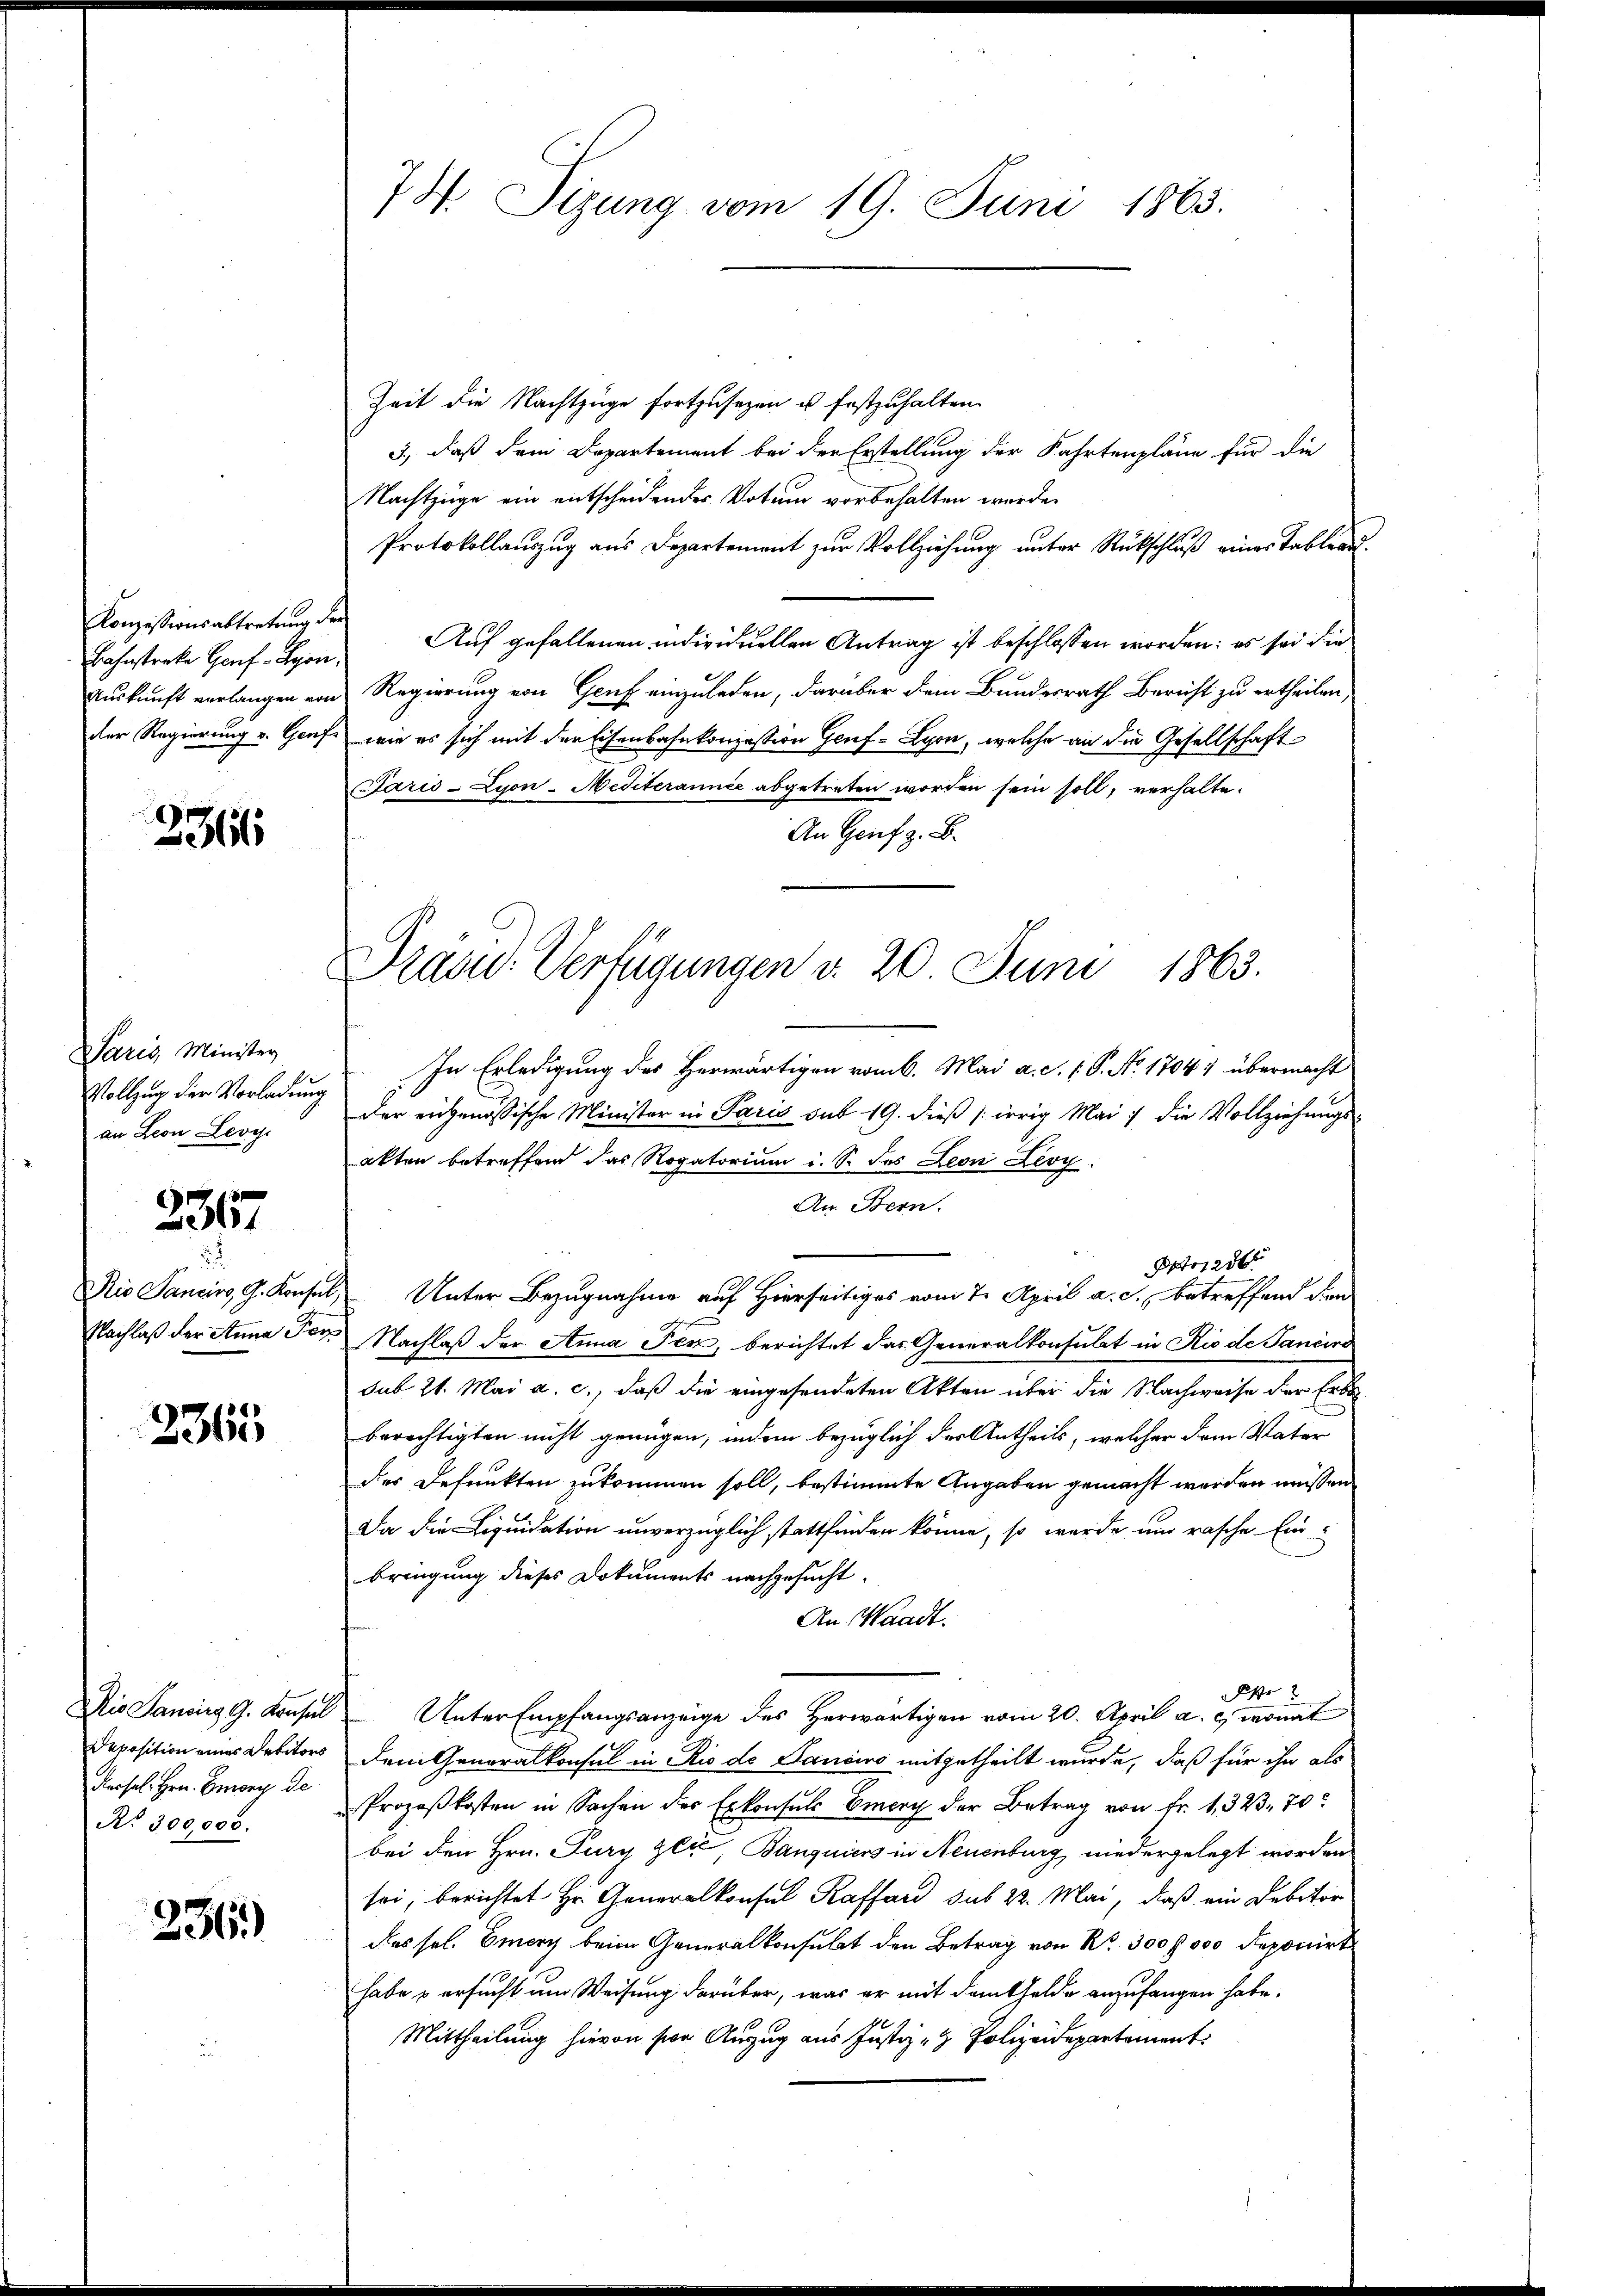
Konzessionsabtretung der
Auskunft verlangen, von
der Regierung v. Genf

236

Paris, Minister
Vollzug der Vorladung
an Leon Leve

2367

Rio Sancirs, G. Konsul,
Nachlaß der Anna Fer¬

2365

Dio Sancirg G. Konsul
Deposition eines Debitors
dessel. Hrn. Georg de
No. 300,000.

236)

74. Sizung vom 19. Juni 1863.

Zeit die Nachtzuge fortzusezen u. festzuhalten.
3., daß dem Departement bei der Erstellung der Fahrtenpläne für die
Nachtzüge ein entscheidendes Votum vorbehalten wurde.
Protokollauszug aus Departement zur Vollziehung unter Rückschluß eines Tableau¬
Bahnstreke Genf Lyon, Auf gefallenen individuellen Antrag ist beschlossen worden: es sei die
Regierung von Genf einzuladen, darüber dem Bundesrath Bericht zu ertheilen,
wie es sich mit der Eisenbahnkonzession Genf Lyon, welche an die Gesellschaft
Paris-Lyon-Mediterannie abgetreten worden sein soll, verhalte¬
An Genf z. B.
In Erledigung des Herwärtigen vom 6. Mai a. d. 1. P. No. 1704) übermacht
der eingenössische Minister in Paris sub 19. dieß (irrig Mai die Vollziehungs-
akten betreffend das Rogatorium i. S. des Leon Lioy
An Bern.
Petri
 Unter Bezugnahme auf Hierseitiges vom 7. April a. c., betreffend den
Nachlaß der Anna Jen, berichtet das Generalkonsulat in Rio de Sanciro
sub 21. Mai a. c., daß die eingesendeten Akten über die Nachweise der Erba
berechtigten nicht genügen, indem bezüglich der Antheils, welcher dem Vater
des Befunkten zukommen soll, bestimmte Angaben gemacht werden müssen
Da die Liquidation unverzüglich stattfinden könne, so werde und rasche Ein-
bringung dieses Dokuments nachgesucht.
An Waadt.
Pfr
 Unter Empfangsanzeige des Herwärtigen vom 20. April a. c. wonat
Dem Generalkonsul in Rio de Sancivo mitgetheilt wurde, daß für ihn als
Prozeßkosten in Sachen der Erkonsuls Viery der Betrag von fr. 1323. 70
bei den Hrn. Jury Zlić Banquiers in Neuenburg niedergelegt worden
sei, berichtet Hr. Generalkonsul Kaffend sub 22. Mai, daß ein Debitor
des sel. morg beim Generalkonsulat den Betrag von Nr. 300 f 000 deponirt
habe & ersucht um Weisung darüber, was er mit dem Felde anzufangen habe.
Mittheilung hievon sie Anzug aus Justiz- & Polizeidepartement

Präsid. Verfügungen d. 20. Juni 1863.